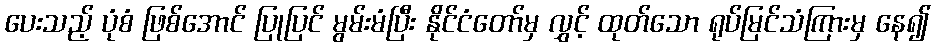
ပေးသည့် ပုံစံ ဖြစ်အောင် ပြုပြင် မွမ်းမံပြီး နိုင်ငံတော်မှ လွှင့် ထုတ်သော ရုပ်မြင်သံကြားမှ နေ၍